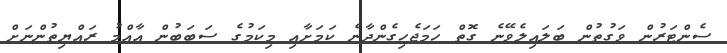
ސެންޓަރުން ވަގުތުން ބަލައިލެވޭނެ ގޮތް ހަމަޖެހިގެންދާނެ ކަމަށާއި މިކަމުގެ ސަބަބުން އާއްމު ރައްޔިތުންނަށް